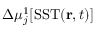
\Delta \mu _ { j } ^ { 1 } [ \mathrm { S S T } ( \mathbf { r } , t ) ]